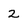
Character: 2